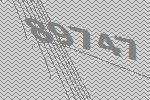
89747